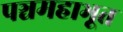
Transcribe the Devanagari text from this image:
पञ्चमहाभूत